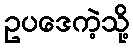
ဥပဒေကဲ့သို့